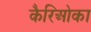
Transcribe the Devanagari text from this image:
कैरिओका